[Report on the health of British troops in the Madras command]
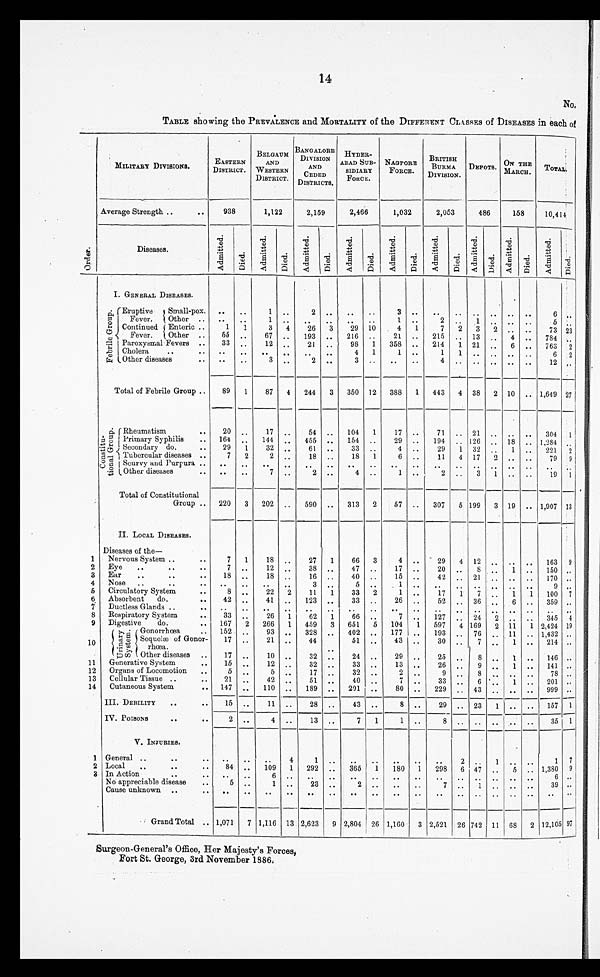
14
No,
TABLE showing the PREVALENCE and MORTALITY of the DIFFERENT CLASSES of DISEASES in each of
MILITARY DIVISIONS.
E A S T E R
DISTRICT.
BELGAUM
AND
WESTERN
DISTRICT.
BANGALORE
DIVISION
AND
C E D E D
DISTRICTS.
H Y D E R -
ABAD SUB-
SIDIARY
FORCE.
NAGPORE
FORCE.
BRITISH
B URMA
DIVISION.
DEPOTS.
O N T H E
MARCH TOTAL.
O r d e r
Average Strength ..
..
938
1,122
2,159
2,466
1,032
2,053
486
158
10,414
Diseases.
Ad mi t t e d .
Di ed.
Ad mi t t e d .
Di e d .
Ad mi t t e d .
Di ed.
Ad mi t t e d .
Di e d .
Ad mi t t e d .
Di e d.
Ad mi t t e d .
Di e d .
Ad mi t t e d .
Di ed.
Ad mi t t e d .
Di ed.
Ad mi t t e d .
Di ed.
I. GENERAL DISEASES.
F e b r i l e G r p o u p .
Eruptive Fever/ small-pox. .. ..
1 .. 2
.. ..
.. 3 ..
.. .. .. .. .. ..
6 ..
other ..
.. ..
1 .. ..
.. ..
..
1 ..
2 .. 1 ..
.. ..
5 ..
Continued
Fever.
Enteric ..
1 1 3 4 26 3 29 10
4 1
7 2 3 2 .. ..
73 23
Other .. 55 ..
67 .. 193 .. 216 ..
21 .. 215 .. 13 .. 4 .. 784 ..
Paroxysmal Fevers .. 33 ..
12 ..
21 ..
98 1 358 .. 214 1 21 .. 6 .. 763 2
Cholera
..
..
.. .. .. .. ..
4 1
1 ..
1 1 .. .. .. ..
6 2
Other diseases
.. .. ..
3 ..
2 .. ..
.. .. ..
4 .. .. .. .. ..
12 ..
Total of Febrile Group .. 89
1
87 4 244
3
350 12 388 1 443 4 38 2 10 .. 1,649 27
C o n s t i t u t i o n a l G r o u p .
Rheumatism
..
20 ..
17
..
54 .. 104 1
17 ..
71 .. 21 .. .. .. 304 1
Primary Syphilis .. 164 .. 144 .. 455 .. 154 ..
29 .. 194 .. 126 .. 18 .. 1,284 ..
Secondary do.
.. 29 1
32 ..
61 ..
33 ..
4 ..
29 1 32
1 .. 221
2
Tubercular diseases ..
7 2
2
..
18 ..
18 1
6 ..
11 4 17
2 .. ..
79 9
Scurvy and Purpura .. .. ..
..
..
.. .. .. .. .. .. .. .. .. .. .. .. .. .. .. .. ..
Other diseases
.. .. ..
7 ..
2 ..
4 ..
1 ..
2 .. 3 1 .. ..
19 1
Total of Constitutional
Group .. 220 3 202 .. 590 .. 313 2 57 .. 307 5 199 3 19 .. 1,907 13
II. LOCAL DISEASES.
Diseases of the—
1 Nervous System ..
..
7 1
18 ..
27 1
66 3
4 ..
29 4 12 .. .. .. 163 9
2 Eye ..
..
7 ..
12 ..
38 ..
47 ..
17 ..
20 .. 8 .. 1 .. 150 ..
3 Ear ..
..
.. 18 ..
18 ..
16 ..
40 ..
15 ..
42 .. 21 .. .. .. 170 ..
4 Nose ..
..
.. .. .. .. ..
3 .. ..
.. .. .. ..
.. .. .. .. ..
9 ..
5 Circulatory System
..
8 ..
22 2
11 1
33 2
1 ..
17 1 7 .. 1 1 100 7
6 Absorbent do.
.. 42 ..
41
123
33 ..
26 ..
52
36
6 .. 359 ..
7 Ductless Glands .
.. .. ..
.. ..
.. ..
..
.. .. ..
.. ..
.. .. .. .. ..
8 Respiratory System
.. 33 ..
26 1
62 1
66 ..
7 .. 127 .. 24 2 .. ..
345 4
9 Digestive do.
.. 167 2 266 1 459 3 651 5 104 1 597 4 169 2 11 1 2,424 19
10
U r i n a r y S y s t e m .
G o n o r r h o e a
152 ..
93 .. 328 .. 402 .. 177 .. 193 .. 76 .. 11 .. 1,432 ..
S e q u e l a e o f G o n o r r h o e a 17
..
21 .. 44
51 ..
43 ..
30 .. 7 .. 1 .. 214 ..
Other diseases ..
17 .. 10 ..
32 ..
24 ..
29 ..
25 .. 8 .. 1 .. 146 ..
11 Generative System
.. 15 ..
12 ..
32 ..
33 ..
13 ..
26 .. 9 .. 1 .. 141 ..
12 Organs of Locomotion ..
5 ..
5 ..
17 ..
32 ..
2 ..
9 .. 8
.. ..
78 ..
13 Cellular Tissue ..
.. 21 .. 42 ..
51 ..
40 ..
7 ..
33 .. 6
.. 1 .. 201 ..
14 Cutaneous System
.. 147 .. 110 .. 189 .. 291 ..
80 .. 229 .. 43 .. .. .. 999 ..
III. DEBILITY ..
.. 15 ..
11 ..
28 ..
43 .. .. 8 ..
29 .. 23 1 .. .. 157 1
IV. POISONS
..
..
2 ..
4 ..
13 ..
7 1
1 .. ..
.. .. .. ..
..
35 1
V. INJURIES.
1 General ..
..
.. .. ..
..
4
.. ..
.. .. .. ..
2 .. 1 .. ..
1 7
2 Local
. .
..
.. 84 .. 109 1 292 .. 365 1 180 1 298 6 47 .. 5 .. 1,380 9
3 In Action
..
.. .. .. 6 ..
.. .. .. ..
.. .. .. .. .. .. ..
6 ..
No appreciable disease .. .. 5 .. 1
23 .. 2
.. .. ..
.. .. .. .. ..
39 ..
Cause unknown ..
. . .. .. .. .. ..
.. .. .. ..
..
.. .. .. .. .. .. ..
Grand Total .. 1,071 7 1,116 13 2,623 9
2,804 26 1,160 3
2,521 26 742 11 68 2 12,105 97